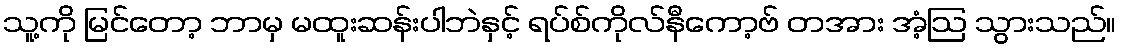
သူ့ကို မြင်တော့ ဘာမှ မထူးဆန်းပါဘဲနှင့် ရပ်စ်ကိုလ်နီကော့ဗ် တအား အံ့ဩ သွားသည်။